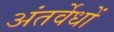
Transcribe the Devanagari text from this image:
अंतर्वेधों